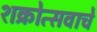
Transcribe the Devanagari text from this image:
शक्रोत्सवाचे